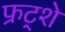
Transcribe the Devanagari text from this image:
फ्रट्शे